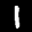
Label: 1